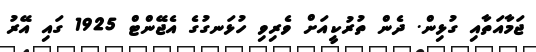
ޖަމާއަތާއި ގުޅިން. ދެން ތުރުކީއަށް ވެރިވި ހުޅަނގުގެ އެޖޭންޓް 1925 ގައި އޭރު